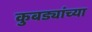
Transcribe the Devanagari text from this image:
कुबड्यांच्या